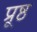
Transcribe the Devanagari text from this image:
प्रूष्ठ